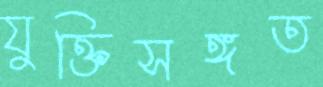
যুক্তিসঙ্গত